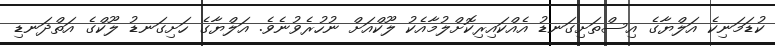
ކުޑަމަނިކެ އަލްޔާގެ އިސްތަށިގަނޑު އެއްކައިރިކޮށްލުމާއެކު ލޫކްއަށް ނުހުރެވުނެވެ. އަލްޔާގެ ހަށިގަނޑު ލޫކްގެ އަތްދަނޑި